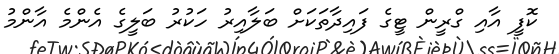
ކޮފީ އާއި ގްރީން ޓީގެ ފައިދާތަކަށް ބަލާއިރު ހަކުރު ބަލީގެ އެންމެ އާންމު